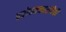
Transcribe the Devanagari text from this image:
प्रबोधनकारांपैकी